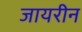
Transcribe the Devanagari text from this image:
जायरीन